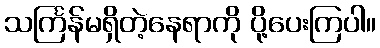
သင်္ကြန်မရှိတဲ့နေရာကို ပို့ပေးကြပါ။